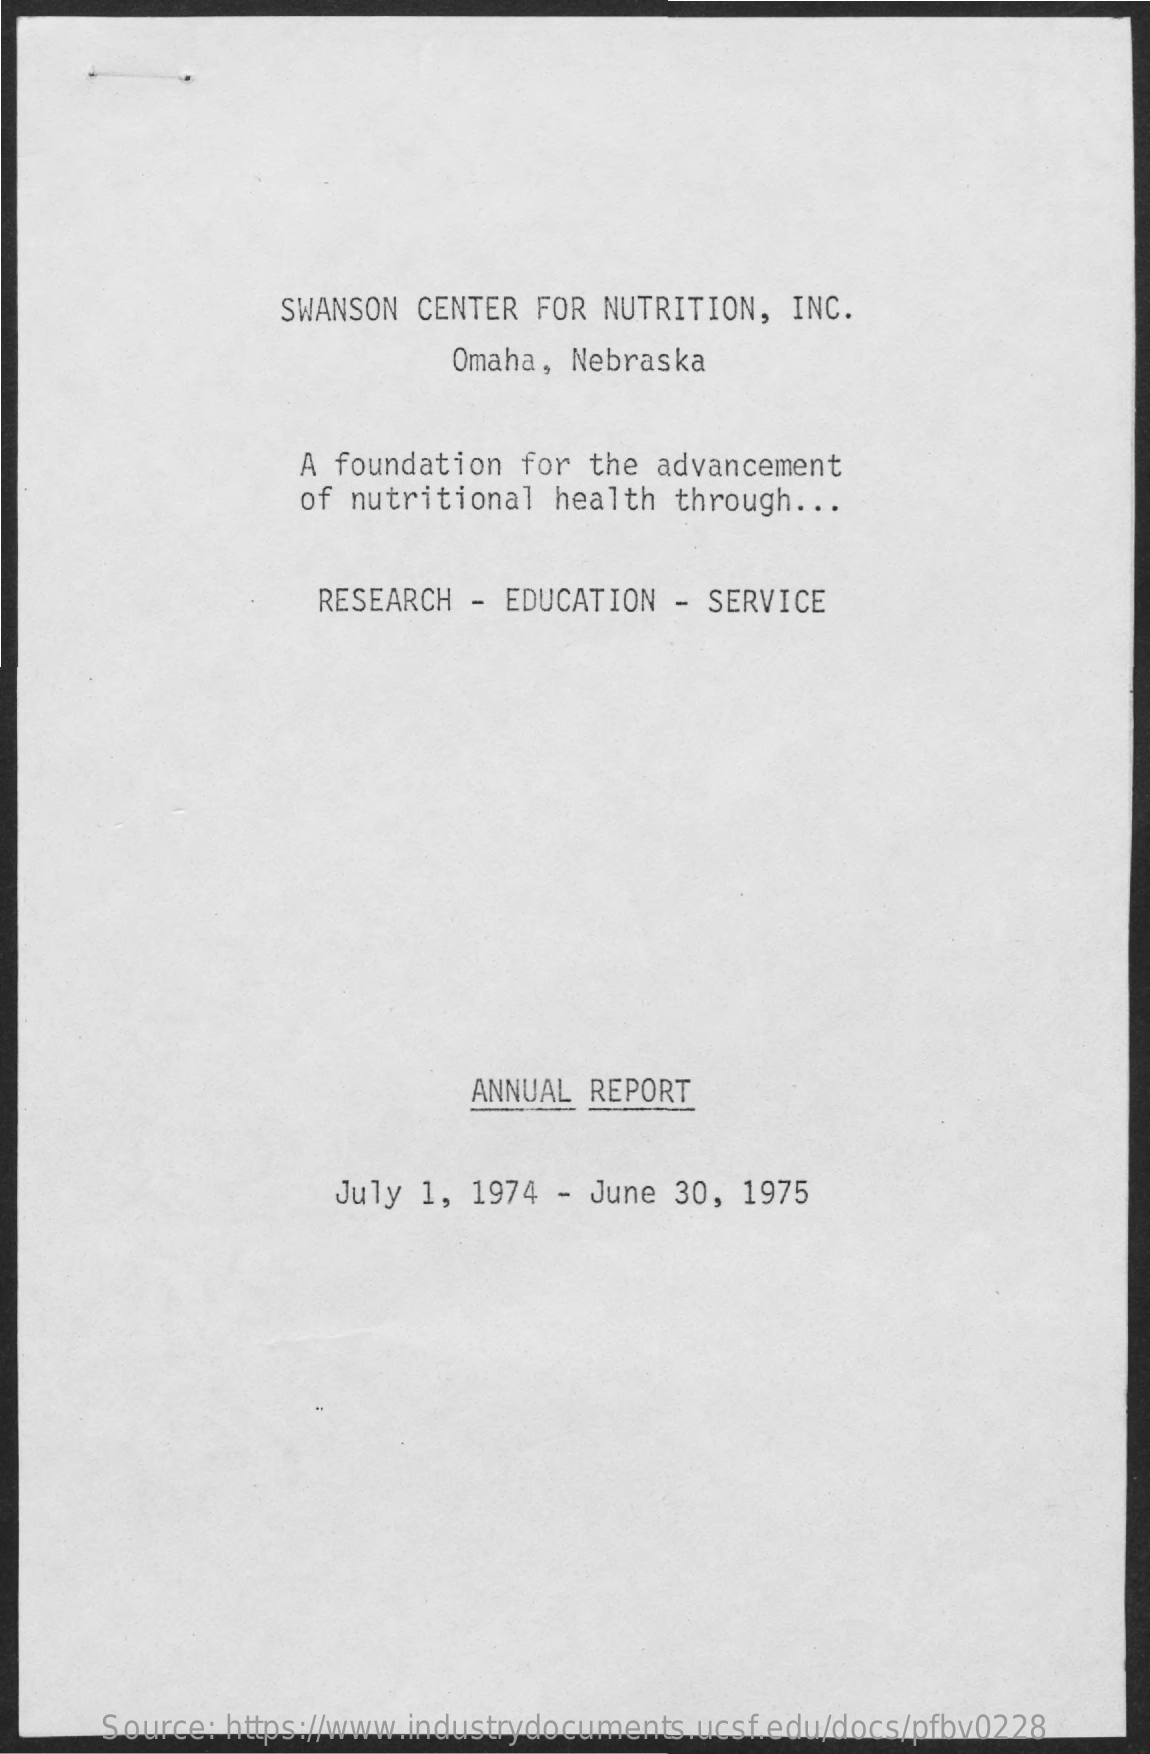
SWANSON CENTER  FOR NUTRITION, INC.
     Omaha, Nebraska
     A foundation  for the advancement
     of nutritional  health through ...
     RESEARCH  - EDUCATION - SERVICE
     ANNUAL REPORT
     July 1,  1974 - June 30, 1975
     Source: https://www.industrydocuments.ucsf.edu/docs/pfbv0228